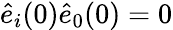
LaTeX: \hat{e}_{i}(0)\hat{e}_{0}(0)=0